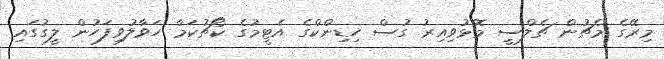
މިރޭގެ މެޗުން ޗެލްސީ މޮޅުވިއިރު ގުސް ހިޑިންކްގެ އެޓީމުގެ ކޯޗުކަމާ ހަވާލުވިފަހުން ލީގުގައި